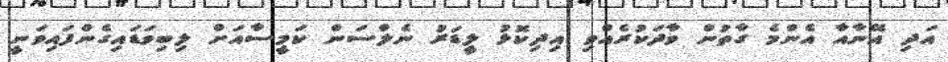
އަދި އޭނާއާ އެންމެ ގާތުން ވާދަކުރެއްވި އިދިކޮޅު ލީޑަރު ނެލްސަން ކަމީސާއަށް ލިބިވަޑައިގެންފައިވަނީ